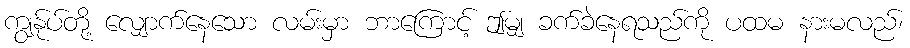
ကျွန်ုပ်တို့ လျှောက်နေသော လမ်းမှာ ဘာကြောင့် ဤမျှ ခက်ခဲနေရသည်ကို ပထမ နားမလည်၊